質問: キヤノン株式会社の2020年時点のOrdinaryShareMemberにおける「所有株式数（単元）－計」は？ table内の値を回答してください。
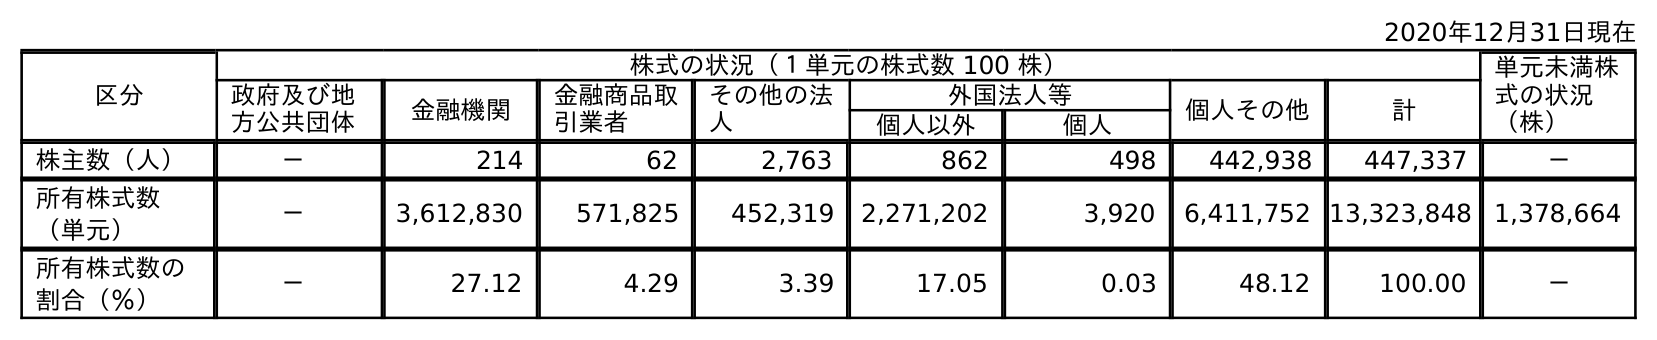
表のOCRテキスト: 2020年12月31日現在 区分 株式の状況（１単元の株式数 100 株） 単元未満株 式の状況 （株） 政府及び地 方公共団体 金融機関 金融商品取 引業者 その他の法 人 外国法人等 個人その他 計 個人以外 個人 株主数（人） － 214 62 2,763 862 498 442,938 447,337 － 所有株式数 （単元） － 3,612,830 571,825 452,319 2,271,202 3,920 6,411,752 13,323,848 1,378,664 所有株式数の 割合（％） － 27.12 4.29 3.39 17.05 0.03 48.12 100.00 －
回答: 13,323,848